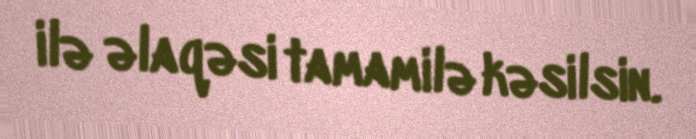
ilə əlaqəsi tamamilə kəsilsin.